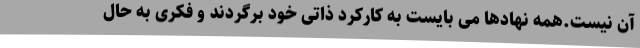
آن نیست.همه نهادها می بایست به کارکرد ذاتی خود برگردند و فکری به حال